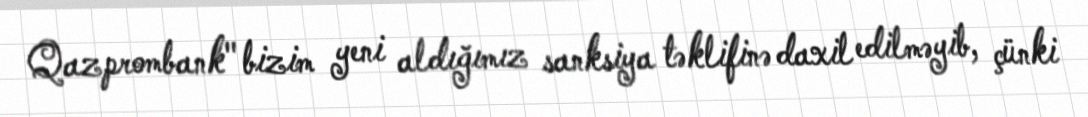
Qazprombank" bizim yeni aldığımız sanksiya təklifinə daxil edilməyib, çünki